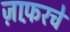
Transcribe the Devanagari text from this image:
ज़ाफ़रचे